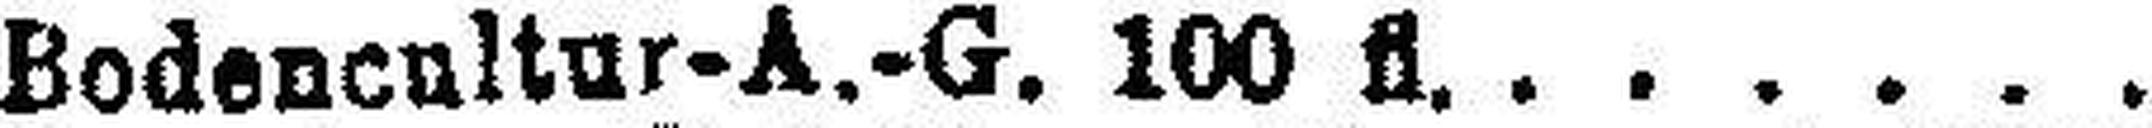
Bodenenltur-A.-G. 100 fl.